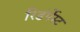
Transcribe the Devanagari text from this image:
रिडंर्पेस्ट